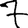
Digit: 7